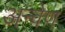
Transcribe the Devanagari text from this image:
अन्वेण